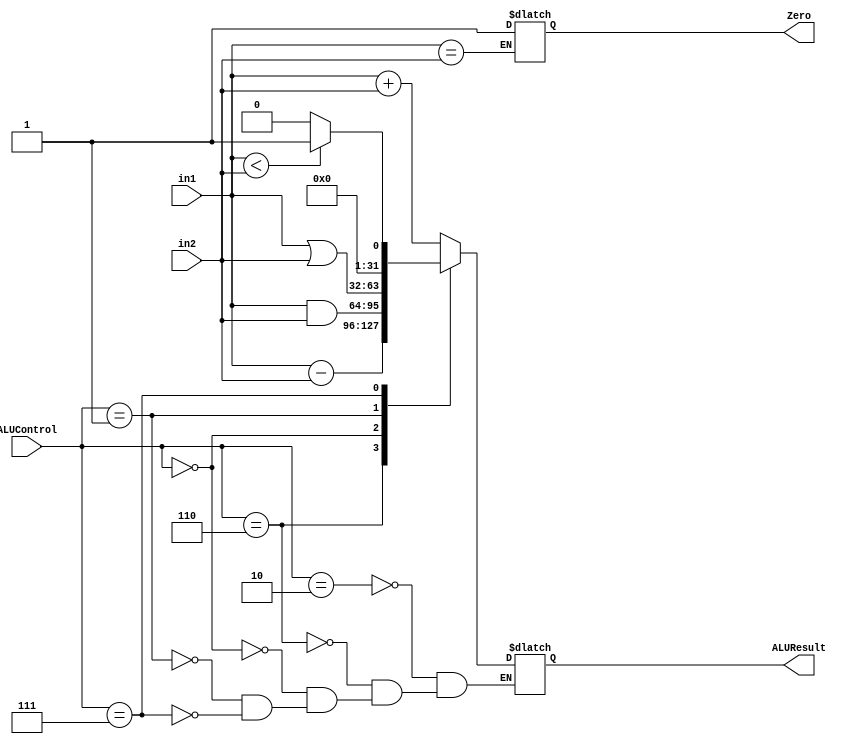
// Code your design here
module ALU(input[2:0] ALUControl, input [31:0] in1, input[31:0] in2, output reg[31:0] ALUResult, output reg Zero);
  
  always @(*)
    begin
      casex(ALUControl)
        3'b010: ALUResult=in1+in2; //add
        3'b110: ALUResult=in1-in2; //subtract
       
        3'b000: ALUResult=in1&in2; //and
        3'b001: ALUResult=in1|in2; //or
        3'b111: ALUResult=in1<in2? 1:0; //set less than
      endcase
      if(in1==in2)
        Zero=1'b1;
    end

endmodule